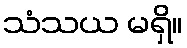
သံသယ မရှိ။